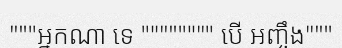
"""អ្នកណា ទេ """""""" បើ អញ្ចឹង"""